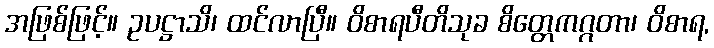
အဖြစ်ဖြင့်။ ဥပဋ္ဌာသိ၊ ထင်လာပြီ။ ဝိစာရပီတိသုခ စိတ္တေကဂ္ဂတာ၊ ဝိစာရ,